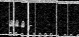
١٠٧